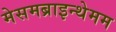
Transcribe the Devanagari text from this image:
मेसमब्राइन्थेमम